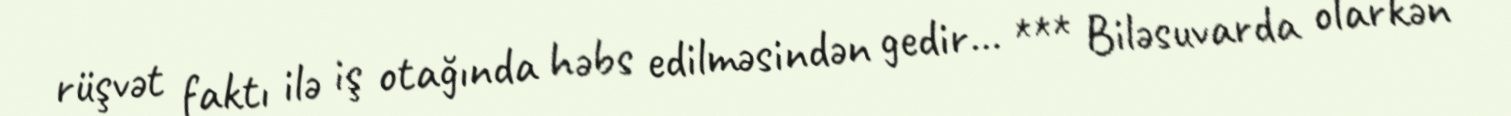
rüşvət faktı ilə iş otağında həbs edilməsindən gedir... *** Biləsuvarda olarkən